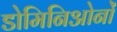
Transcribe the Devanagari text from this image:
डोमिनिओनों